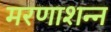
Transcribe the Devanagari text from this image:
मरणाशन्‍न